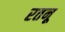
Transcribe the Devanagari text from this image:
रतनू